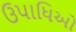
ઉપાધિઓ